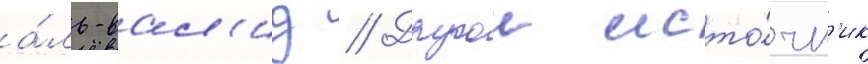
а́ль-вал'ид // Другои исто́чн'ик